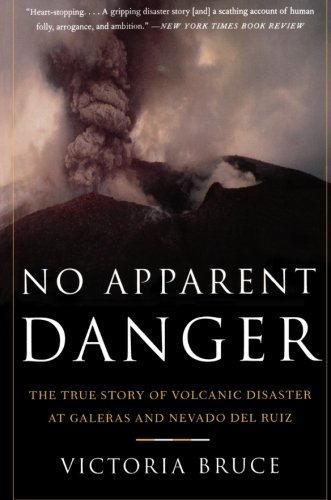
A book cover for No Apparent Danger: The True Story of Volcanic Disaster at Galeras and Nevado Del Ruiz; Victoria Bruce; Science & Math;